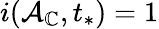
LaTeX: i(\mathcal{A}_{\mathbb{C}},t_{*})=1